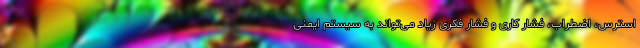
استرس، اضطراب، فشار کاری و فشار فکری زیاد می‌تواند به سیستم ایمنی